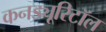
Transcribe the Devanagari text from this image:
कनड्यूरिटॉल